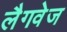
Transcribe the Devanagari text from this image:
लैगवेज